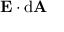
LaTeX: \mathbf { E } \cdot \mathrm { d } \mathbf { A }